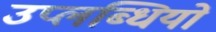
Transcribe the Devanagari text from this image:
उप्लब्धियों